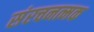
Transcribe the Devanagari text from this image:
संरचनत्मक